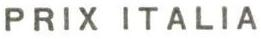
PRIX ITALIA